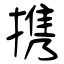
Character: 携